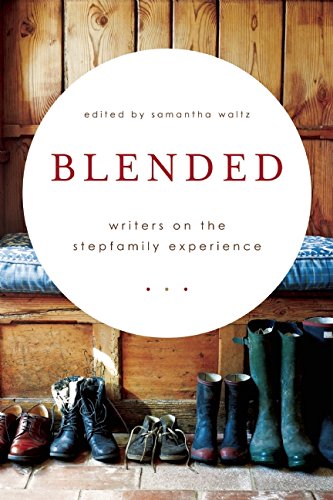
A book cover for Blended: Writers on the Stepfamily Experience; Parenting & Relationships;